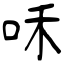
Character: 咊